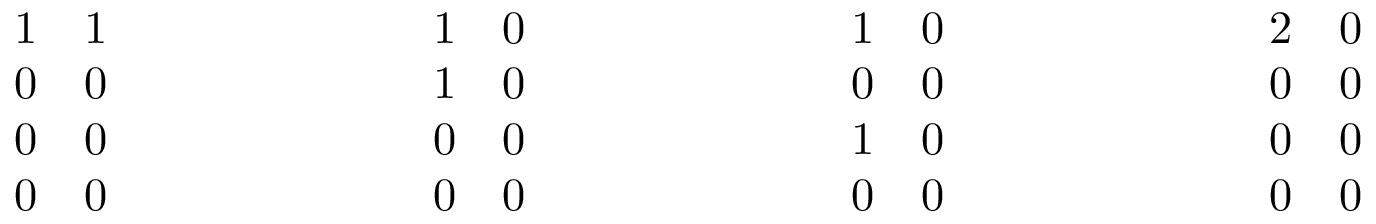
\begin{array} { r } { \begin{array} { l l } { 1 } & { 1 } \\ { 0 } & { 0 } \end{array} \qquad \qquad \qquad \begin{array} { l l } { 1 } & { 0 } \\ { 1 } & { 0 } \end{array} \qquad \qquad \qquad \begin{array} { l l } { 1 } & { 0 } \\ { 0 } & { 0 } \end{array} \qquad \qquad \qquad \begin{array} { l l } { 2 } & { 0 } \\ { 0 } & { 0 } \end{array} } \\ { \begin{array} { l l } { 0 } & { 0 } \\ { 0 } & { 0 } \end{array} \qquad \qquad \qquad \begin{array} { l l } { 0 } & { 0 } \\ { 0 } & { 0 } \end{array} \qquad \qquad \qquad \begin{array} { l l } { 1 } & { 0 } \\ { 0 } & { 0 } \end{array} \qquad \qquad \qquad \begin{array} { l l } { 0 } & { 0 } \\ { 0 } & { 0 } \end{array} } \end{array}